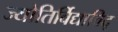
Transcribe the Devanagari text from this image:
ज्योतिर्विद्याविद्